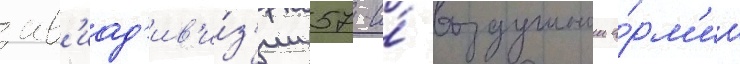
ав'иад'ив'и́з'ии 57-и́ воздушнои а́рм'ии